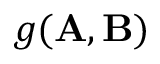
g ( { \bf A } , { \bf B } )